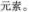
元素。